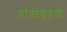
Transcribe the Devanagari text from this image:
हॉलीवूडची